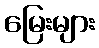
မြေးများ